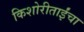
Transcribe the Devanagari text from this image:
किशोरीताईंचा